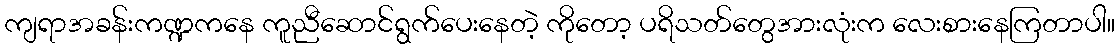
ကျရာအခန်းကဏ္ဍကနေ ကူညီဆောင်ရွက်ပေးနေတဲ့ ကိုတော့ ပရိသတ်တွေအားလုံးက လေးစားနေကြတာပါ။